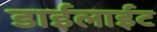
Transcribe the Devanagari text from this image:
डाईलाईट